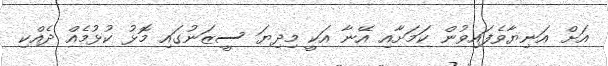
އަށް އަނިޔާވެފައިވުން ކަމަށާއި އޭނާ އަކީ މިދިޔަ ސީޒަނުގައި މޮޅު ކުޅުމެއް ދެއްކި